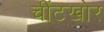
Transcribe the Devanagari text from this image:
चींटखोर